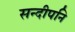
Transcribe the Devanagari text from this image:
सन्‍दीपनि